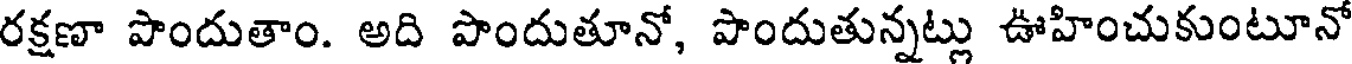
రక్షణా పొందుతాం. అది పొందుతూనో, పొందుతున్నట్లు ఊహించుకుంటూనో